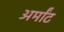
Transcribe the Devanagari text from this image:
अर्मांट